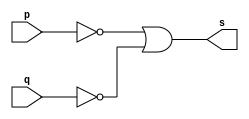
//Exercicio0004 - nand
//Nome:Fernando Silva
//--------------------
//--------------------
//--nandgate
//--------------------
module nandgate(output [0:3]s,input [0:3] p,input [0:3] q);
assign s=((~(p))|(~(q)));//propriedade de morgan
endmodule //nand
//--------------------
//--test nandgate
//--------------------
module testenandgate;
//--------------------dados locais
reg [0:3] a ,b;//define registrador
wire [0:3]s;//define conexao(fio)
//--------------------instancia
nandgate NOR1(s,a,b);
//--------------------preparaao
initial begin:start
a=4'b0001;//4 valores binarios
b=4'b0101;//4 valores binarios
end
//---------------------parte principal
initial begin:main
$display("Exercicio0004- Fernando Silva  - 414506");
$display("Test nand gate");
$display("\n a & b = s\n");
$monitor("%b & %b = %b",a,b,s);
#1 a=0;b=0; //valores decimais
#1 a=4'b0010;b=4'b0001; //valores binarios
#1 a=4'd1;b=3; //decimal e decimal
#1 a=4'o5;b=2; //octal e decimal
#1 a=4'hA; b=3; //hexadecimal e decimal
#1 a=4'h9;b=4'o3; //hexadecimal e octal
end
endmodule //test nandgate